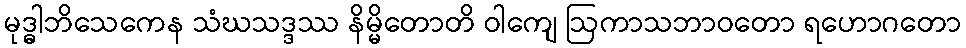
မုဒ္ဓါဘိသေကေန သံဃသဒ္ဒဿ နိမ္မိတောတိ ဝါကျေ ဩကာသဘာဝတော ရဟောဂတော